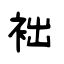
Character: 袦